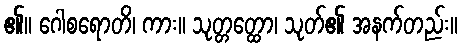
၏။ ဂေါစရောတိ၊ ကား။ သုတ္တတ္ထော၊ သုတ်၏ အနက်တည်း။